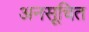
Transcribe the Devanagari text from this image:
अनसूचित